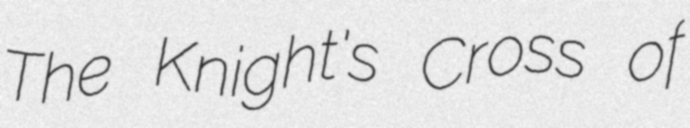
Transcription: The Knight's Cross of